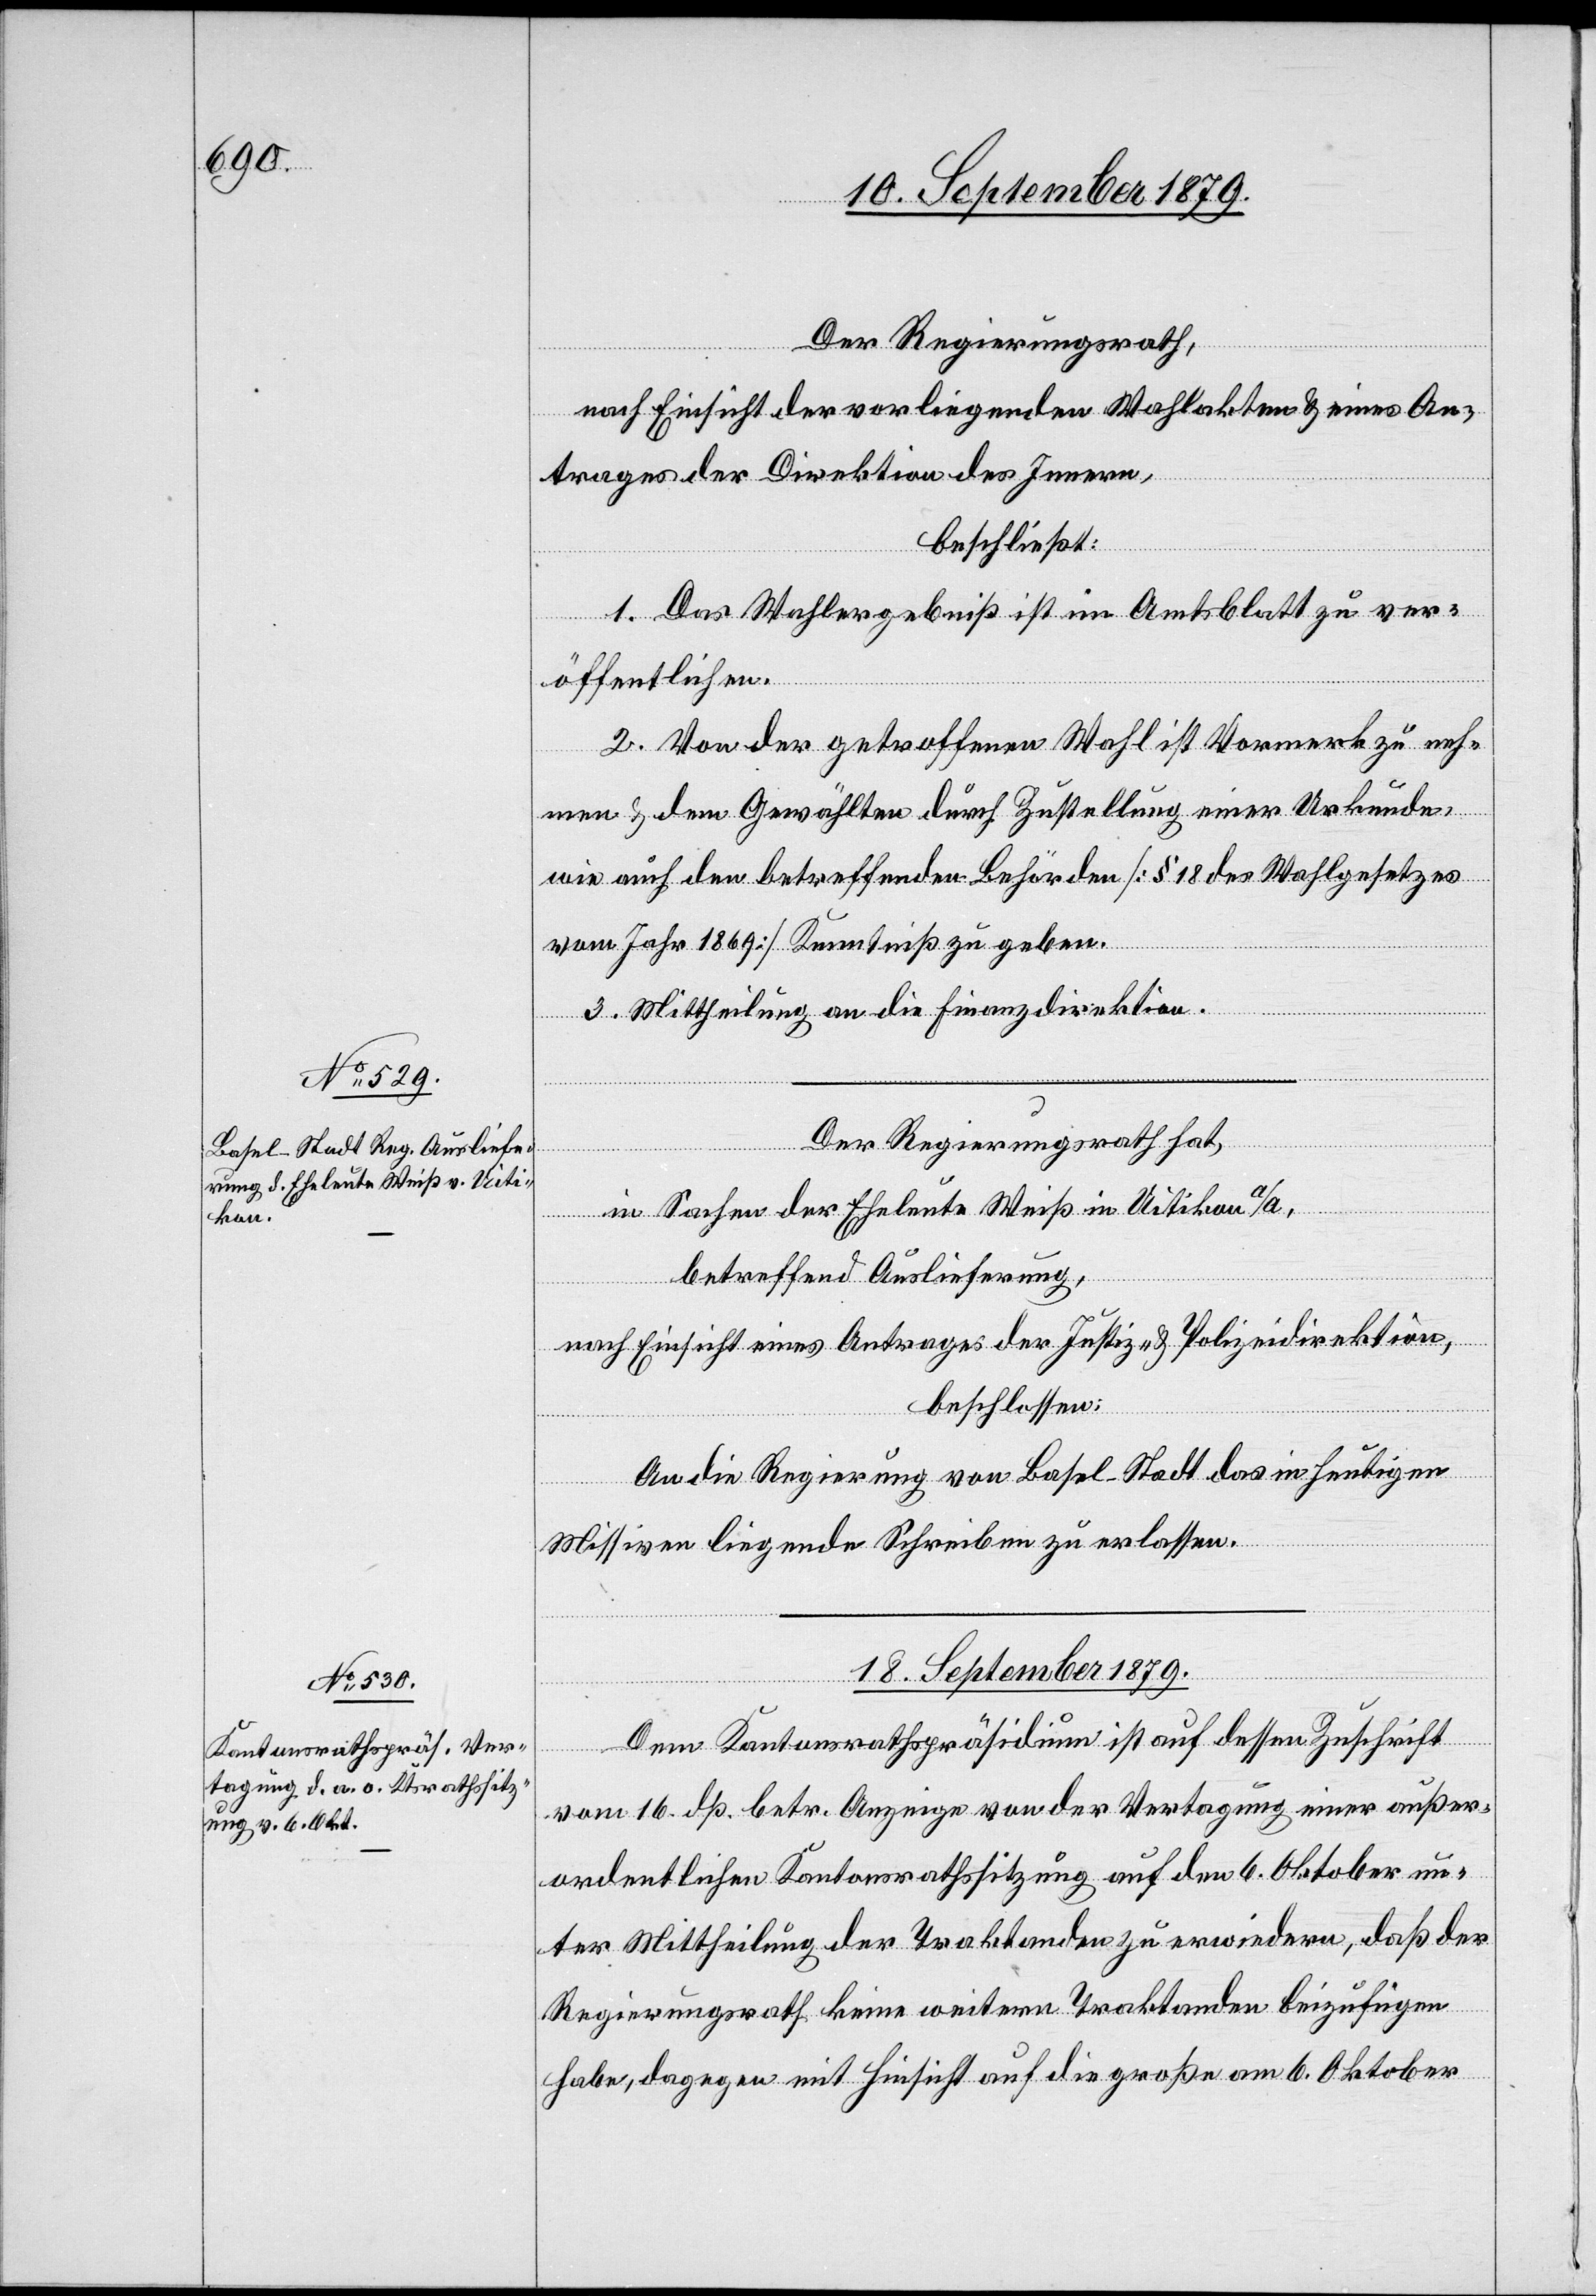
Der Regierungsrath,
nach Einsicht der vorliegenden Wahlakten & eines An¬
trages der Direktion des Innern,
beschließt:
1. Das Wahlergebniß ist im Amtsblatt zu ver¬
öffentlichen.
2. Von der getroffenen Wahl ist Vormerk zu neh¬
men & dem Gewählten durch Zustellung einer Urkunde,
wie auch den betreffenden Behörden [§ 18 des Wahlgesetzes
vom Jahr 1869] Kenntniß zu geben.
3. Mittheilung an die Finanzdirektion.
Der Regierungsrath hat,
in Sachen der Eheleute Weiß in Uitikon a/A,
betreffend Auslieferung,
nach Einsicht eines Antrages der Justiz- & Polizeidirektion,
beschlossen:
An die Regierung von Basel-Stadt das in heutigen
Missiven liegende Schreiben zu erlassen.
18. September 1879.
Dem Kantonsrathspräsidium ist auf dessen Zuschrift
vom 16. dß betr. Anzeige von der Vertagung einer außer¬
ordentlichen Kantonsrathssitzung auf den 6. Oktober un¬
ter Mittheilung der Traktanden zu erwiedern, daß der
Regierungsrath keine weitern Traktanden beizufügen
habe, dagegen mit Hinsicht auf die große am 6. Oktober